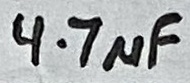
Text: 4.7µF